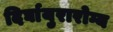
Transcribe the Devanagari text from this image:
दिर्घायुरारोग्य